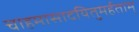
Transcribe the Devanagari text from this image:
चाहमासादयितुमर्हताम्‌